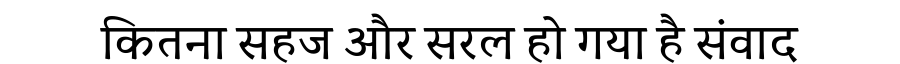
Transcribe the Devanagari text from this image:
कितना सहज और सरल हो गया है संवाद